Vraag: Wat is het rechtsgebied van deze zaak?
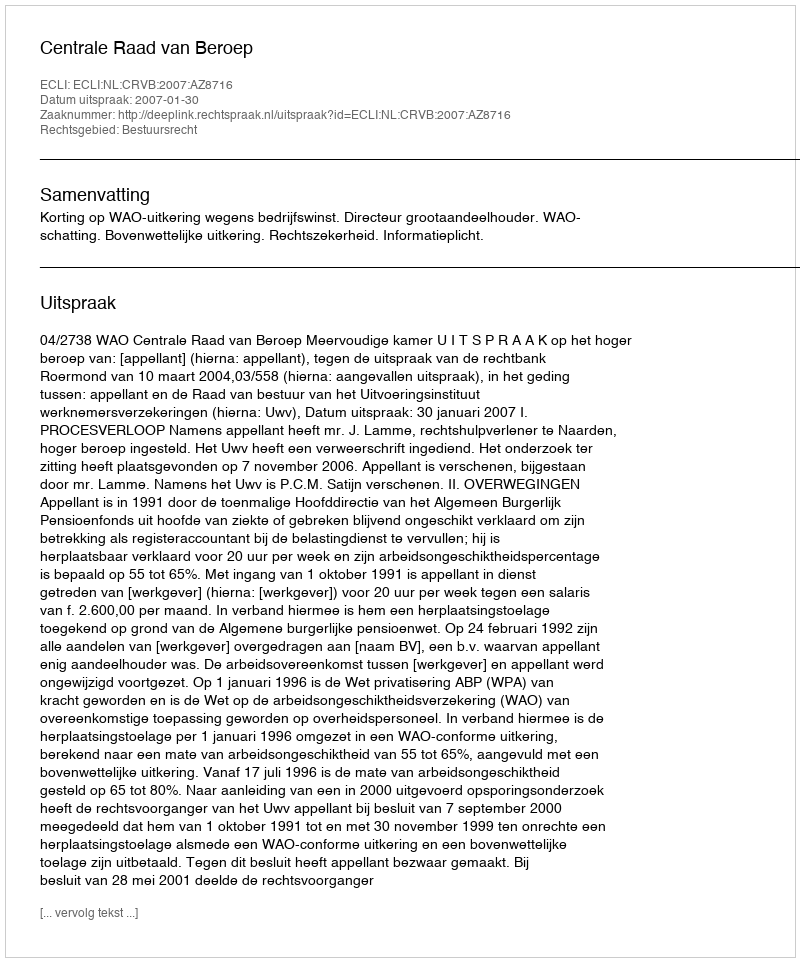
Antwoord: Bestuursrecht